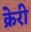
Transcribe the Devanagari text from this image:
क्रेरी